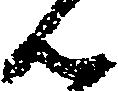
ん